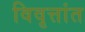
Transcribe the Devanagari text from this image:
विवृत्तांत